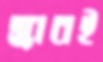
স্ক্রাবই